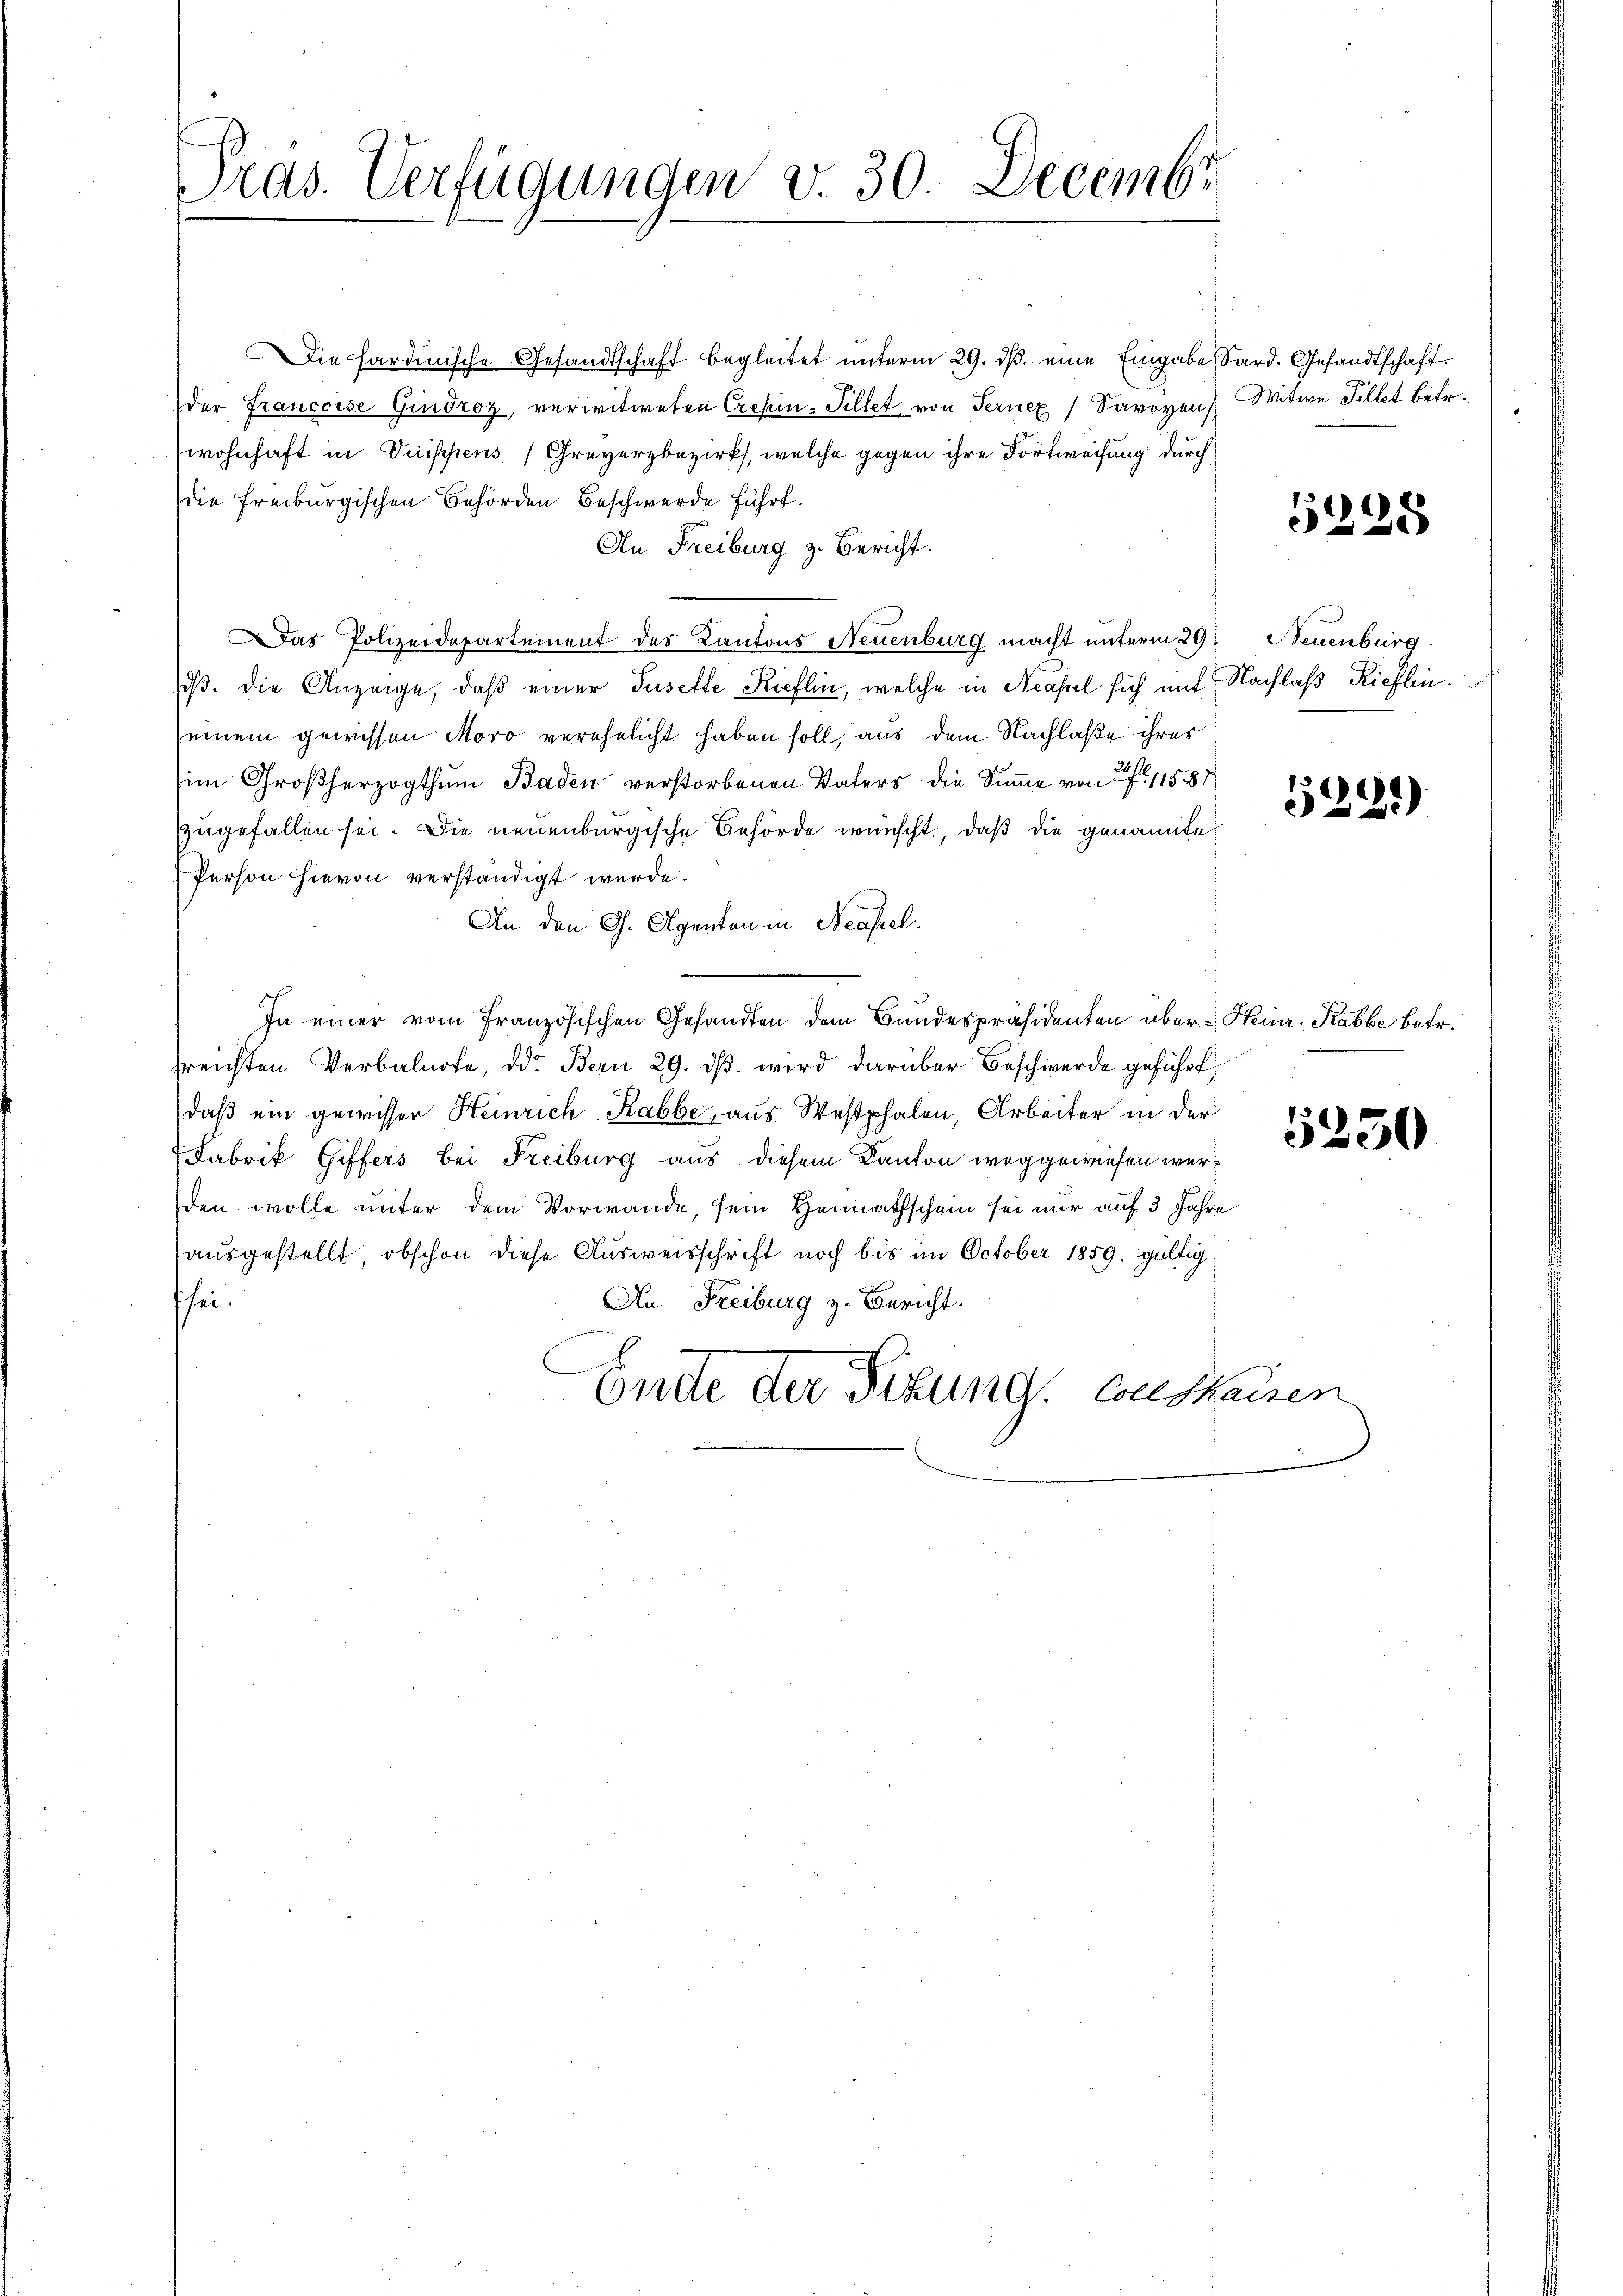
Pras. Verfügungen v. 30. Decembr

Die hardinische Gesandtschaft begleitet unterm 29. dβ eine Eingabe, Sard. Gesandtschaft
der Francoise Giudroz, verwitweten Crepin-Pillet von Terner Savoyen Witwe Fillet betr.
Zwohnhaft in Duischens (Greyerzbezirks, welche gegen ihre Fortweisung durch
die Freiburgischen Behörden Beschwerde führt.
An Freiburg z. Bericht.
Das Polizeidepartement des Kantons Neuenburg macht unterm 29. Neuenburg
dß. die Anzeige, daß einer Tusette Kieflin, welche in Neapel sich auf Nachlaß Rieflineinem gewissen Moro verehelicht haben soll, aus dem Nachlaße ihres
im Großherzogthum Baden verstorbenen Vaters die Summe von 155
zugefallen sei. Die neuenburgische Behörde wünscht, daß die genannte
Person hievon verständigt werde.
An den G. Agenten in Neapel.
In einer vom Französischen Gesandten dem Bundespräsidenten über Heinr. Stabbe betr.
dreichten Verbalnote, d. Bern 29. dβ. wird darüber Beschwerde geführt
daß ein gewisser Heinrich Rabbe, aus Westphalen, Arbeiter in der
Fabrik Giffers bei Freiburg aus diesem Kanton weggewiesen werden wolle unter dem Vorwande, sein Heimathschein sei nur auf 3 Jahre
ausgestellt, obschon diese Ausweisschrift noch bis im October 1859. gültig
hei.
An Freiburg z. Bericht.
Ende der Sitzung, von Waizen

5228

539)

5250